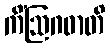
ကိံဩဂဓာတိ